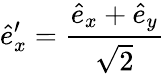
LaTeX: \hat{e}_{x}^{\prime}=\frac{\hat{e}_{x}+\hat{e}_{y}}{\sqrt{2}}